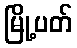
မြို့ပတ်